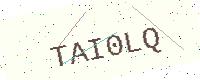
Text: TAI0LQ